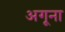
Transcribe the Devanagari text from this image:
अगूना